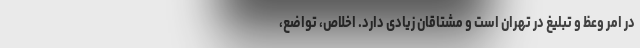
در امر وعظ و تبلیغ در تهران است و مشتاقان زیادی دارد. اخلاص، تواضع،